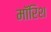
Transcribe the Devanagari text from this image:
मॉरिश